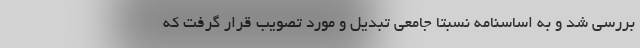
بررسی شد و به اساسنامه نسبتا جامعی تبدیل و مورد تصویب قرار گرفت که